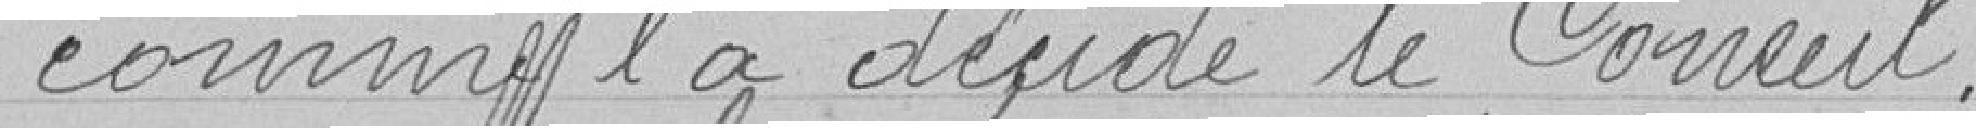
comme l'a décidé le Conseil.